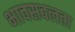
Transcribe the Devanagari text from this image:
भावसबलता